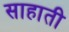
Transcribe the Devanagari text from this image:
साहाती